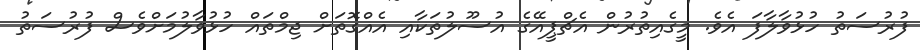
ފުރުސަތު ހުޅުވާލާފަ އެވެ. މީގެއިތުރުން އެޗްޕީއޭގެ އުސޫލުތަކާއި އެއްގޮތަށް ޖިމްތައް ހުޅުވާލުމަށްވެސް ފުރުސަތު